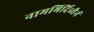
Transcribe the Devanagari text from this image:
नामभिर्दिव्यैर्न